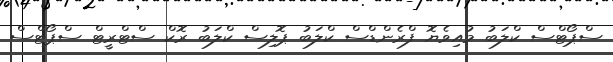
ސްޕޯޓްސް ކްލަބު މުއިވެޔޮ ފްރެންޑްސް ކްލަބު ޕޮލިސް ކްލަބު ރޮކް ސްޓްރީޓް ސްޕޯޓްސް